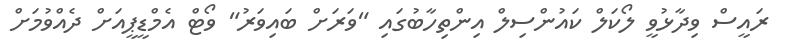
ރައީސް ވިދާޅުވީ ލޯކަލް ކައުންސިލް އިންތިހާބުގައި "ވަރަށް ބައިވަރު" ވޯޓް އެމްޑީޕީއަށް ދެއްވުމަށް